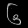
Digit: ၆